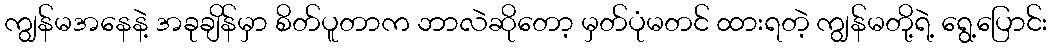
ကျွန်မအနေနဲ့ အခုချိန်မှာ စိတ်ပူတာက ဘာလဲဆိုတော့ မှတ်ပုံမတင် ထားရတဲ့ ကျွန်မတို့ရဲ့ ရွေ့ပြောင်း